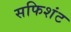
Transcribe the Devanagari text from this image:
सफिशंट